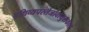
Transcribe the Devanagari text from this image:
पृथिव्यपस्तेजोवायुराकाशं